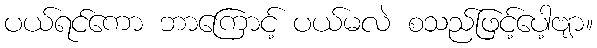
ပယ်ရင်ကော ဘာကြောင့် ပယ်မလဲ စသည်ဖြင့်ပေါ့ဗျာ။